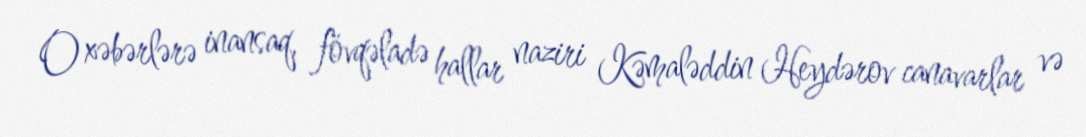
O xəbərlərə inansaq, fövqəladə hallar naziri Kəmaləddin Heydərov canavarlar və